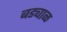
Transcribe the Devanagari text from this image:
बड्याळ